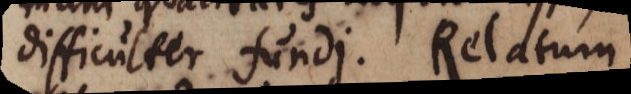
difficulter fundi. Relatum